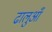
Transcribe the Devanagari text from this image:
ढालुआँ